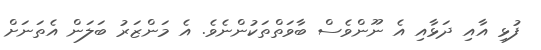
ފުޅި އާއި ދަޅާއި އެ ނޫންވެސް ބާވަތްތަކުންނެވެ. އެ މަންޒަރު ބަލަން އެތަނަށް